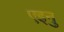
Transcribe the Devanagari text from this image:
एइनु